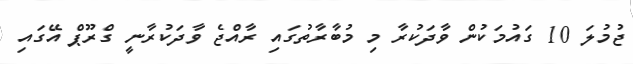
ޖުމުލަ 10 ގައުމަކުން ވާދަކުރާ މި މުބާރާތުގައި ރާއްޖެ ވާދަކުރާނީ ގްރޫޕް އޭގައި